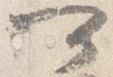
可